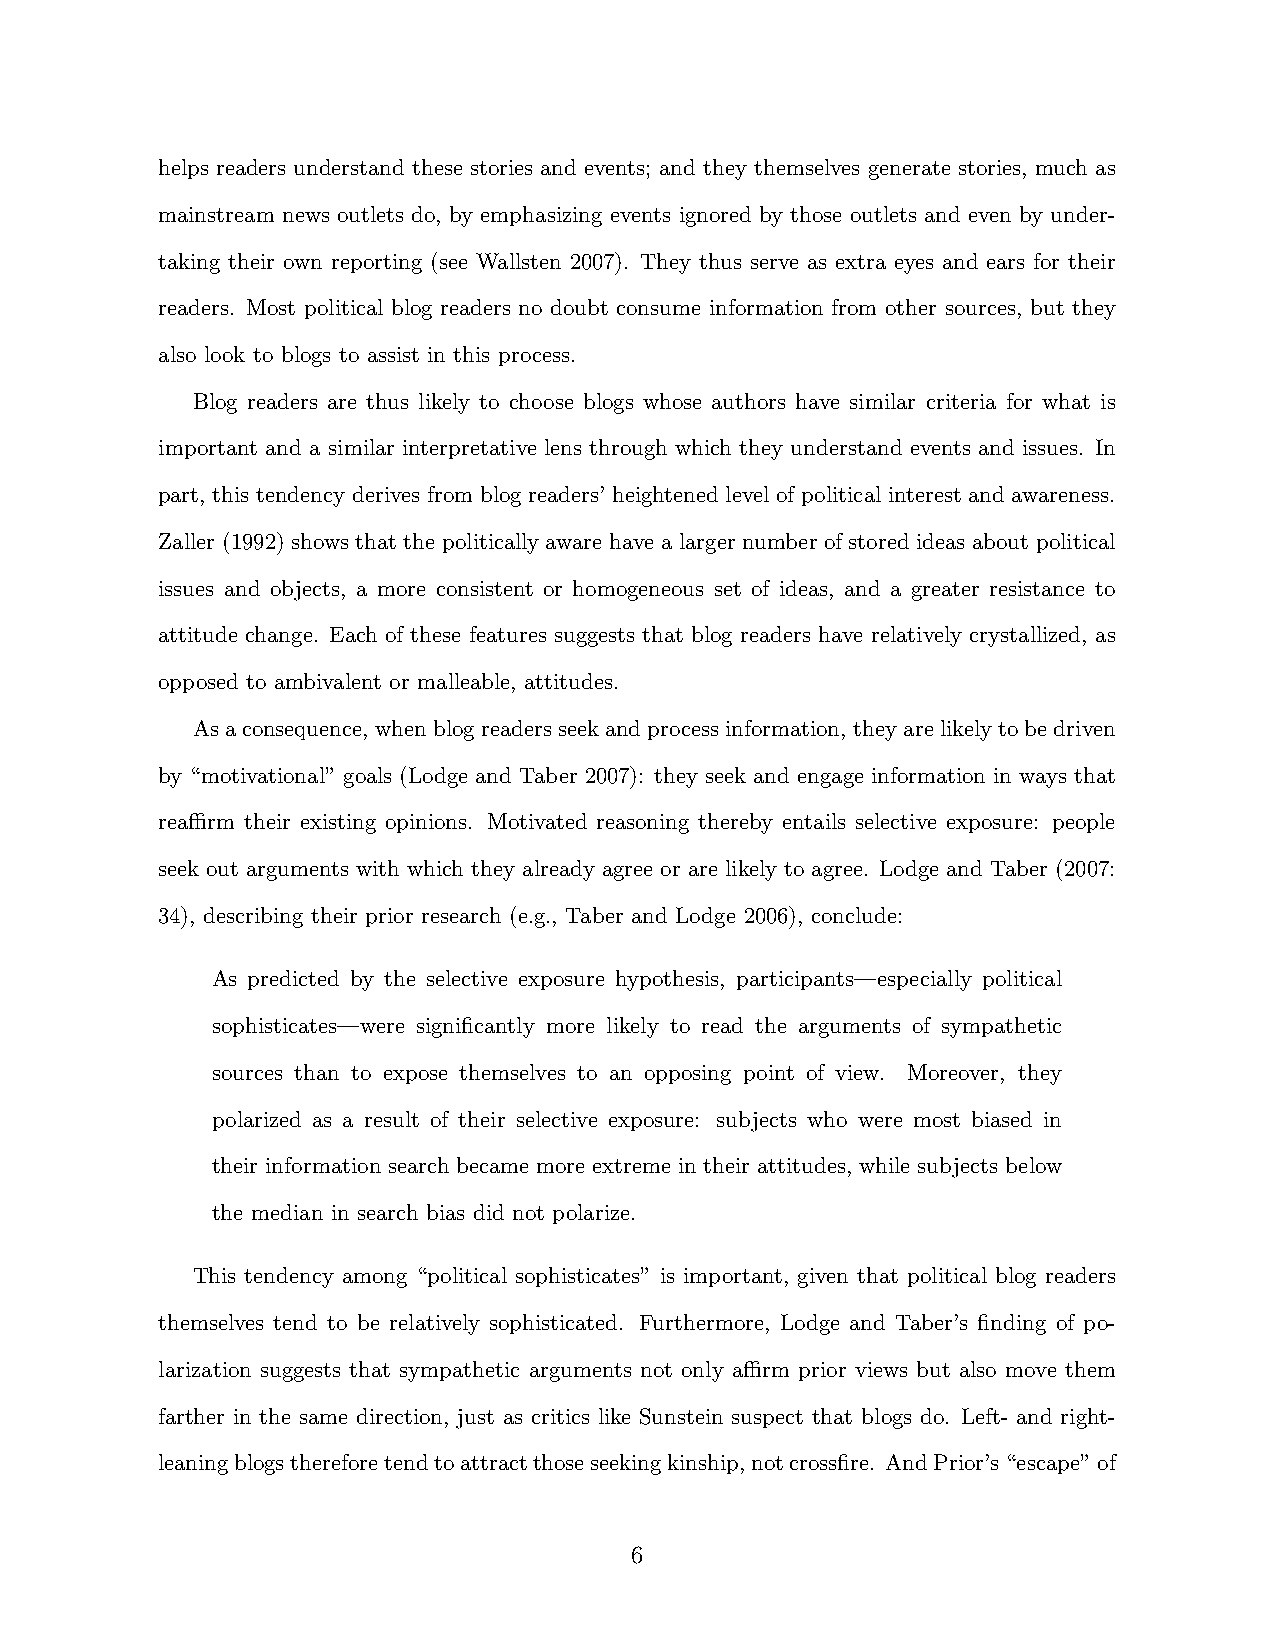
helps readers understand these stories and events; and they themselves generate stories, much as
 mainstream news outlets do, by emphasizing events ignored by those outlets and even by under-
 taking their own reporting (see Wallsten 2007). They thus serve as extra eyes and ears for their
 readers. Most political blog readers no doubt consume information from other sources, but they
 also look to blogs to assist in this process.
 Blog readers are thus likely to choose blogs whose authors have similar criteria for what is
 important and a similar interpretative lens through which they understand events and issues. In
 part, this tendency derives from blog readers’ heightened level of political interest and awareness.
 Zaller (1992) shows that the politically aware have a larger number of stored ideas about political
 issues and objects, a more consistent or homogeneous set of ideas, and a greater resistance to
 attitude change. Each of these features suggests that blog readers have relatively crystallized, as
 opposed to ambivalent or malleable, attitudes.
 Asaconsequence, whenblogreadersseekandprocessinformation, theyarelikelytobedriven
 by “motivational” goals (Lodge and Taber 2007): they seek and engage information in ways that
 reaffirm their existing opinions. Motivated reasoning thereby entails selective exposure: people
 seek out arguments with which they already agree or are likely to agree. Lodge and Taber (2007:
 34), describing their prior research (e.g., Taber and Lodge 2006), conclude:
 As predicted by the selective exposure hypothesis, participants—especially political
 sophisticates—were significantly more likely to read the arguments of sympathetic
 sources than to expose themselves to an opposing point of view. Moreover, they
 polarized as a result of their selective exposure: subjects who were most biased in
 their information search became more extreme in their attitudes, while subjects below
 the median in search bias did not polarize.
 This tendency among “political sophisticates” is important, given that political blog readers
 themselves tend to be relatively sophisticated. Furthermore, Lodge and Taber’s finding of po-
 larization suggests that sympathetic arguments not only affirm prior views but also move them
 farther in the same direction, just as critics like Sunstein suspect that blogs do. Left- and right-
 leaningblogsthereforetendtoattractthoseseekingkinship,notcrossfire. AndPrior’s“escape”of
 6